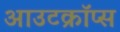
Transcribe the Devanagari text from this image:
आउटक्रॉप्स